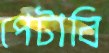
পেটাবি